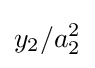
y_{2}/a_{2}^{2}